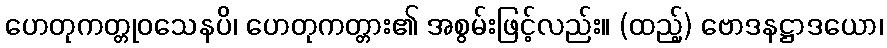
ဟေတုကတ္တုဝသေနပိ၊ ဟေတုကတ္တား၏ အစွမ်းဖြင့်လည်း။ (ထည့်) ဗောဒနဋ္ဌာဒယော၊